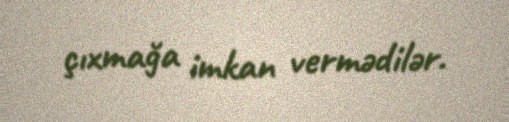
çıxmağa imkan vermədilər.